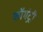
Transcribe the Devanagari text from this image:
कॉमंट्री